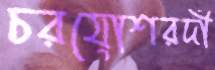
চরযোশরর্দী